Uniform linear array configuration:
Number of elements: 32
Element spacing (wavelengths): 1
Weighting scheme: uniform
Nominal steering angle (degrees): -45
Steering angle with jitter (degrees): -45.689
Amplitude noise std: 0.05
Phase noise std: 0.05

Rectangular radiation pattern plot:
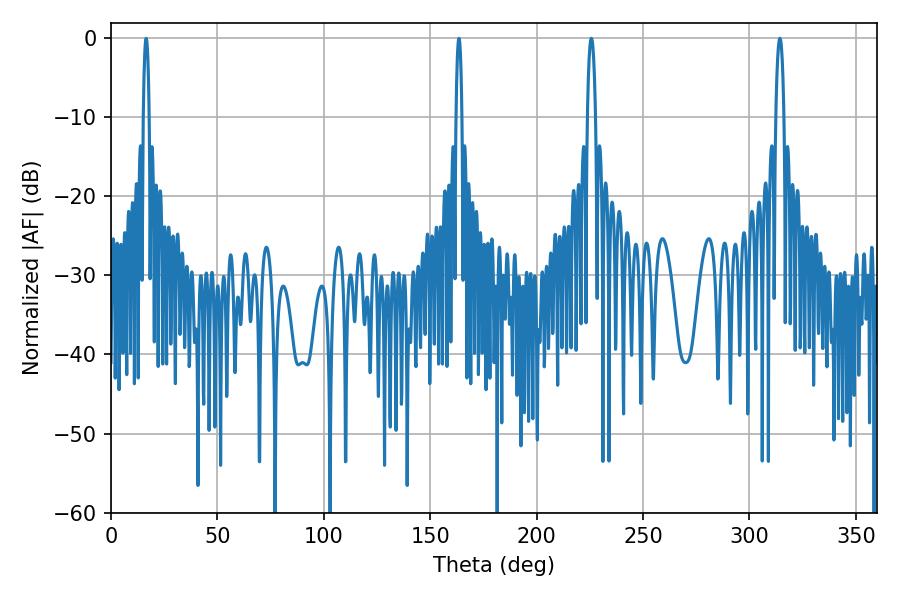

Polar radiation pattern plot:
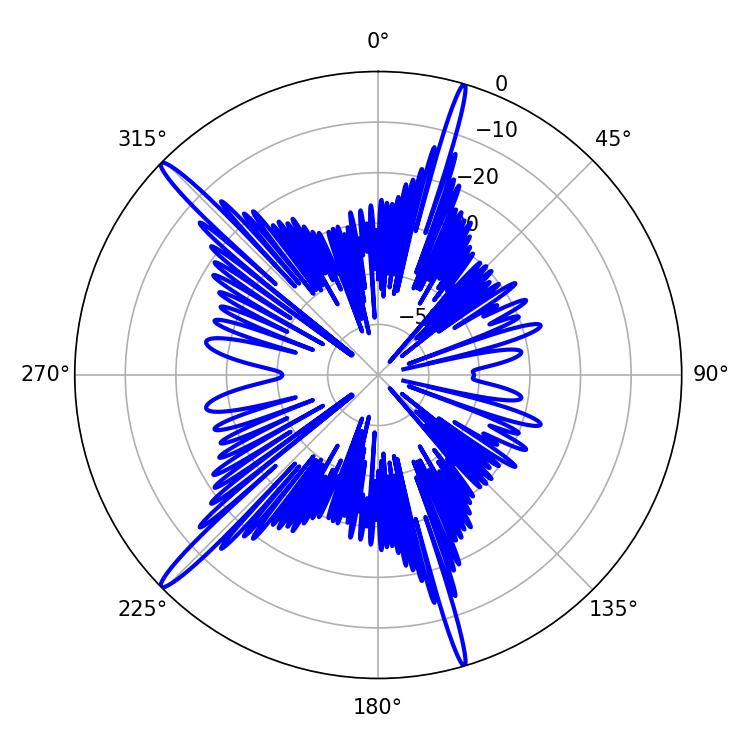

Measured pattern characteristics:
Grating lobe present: TRUE
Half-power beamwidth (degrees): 2.16
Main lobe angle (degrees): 225.72